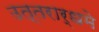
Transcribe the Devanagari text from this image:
उत्तरार्धमे